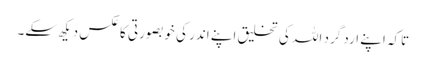
تاکہ اپنے ارد گرد اللہ کی تخلیق اپنے اندر کی خوبصورتی کا عکس دیکھ سکے۔